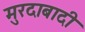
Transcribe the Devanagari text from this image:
मुरदाबादी